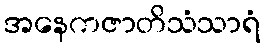
အနေကဇာတိသံသာရံ